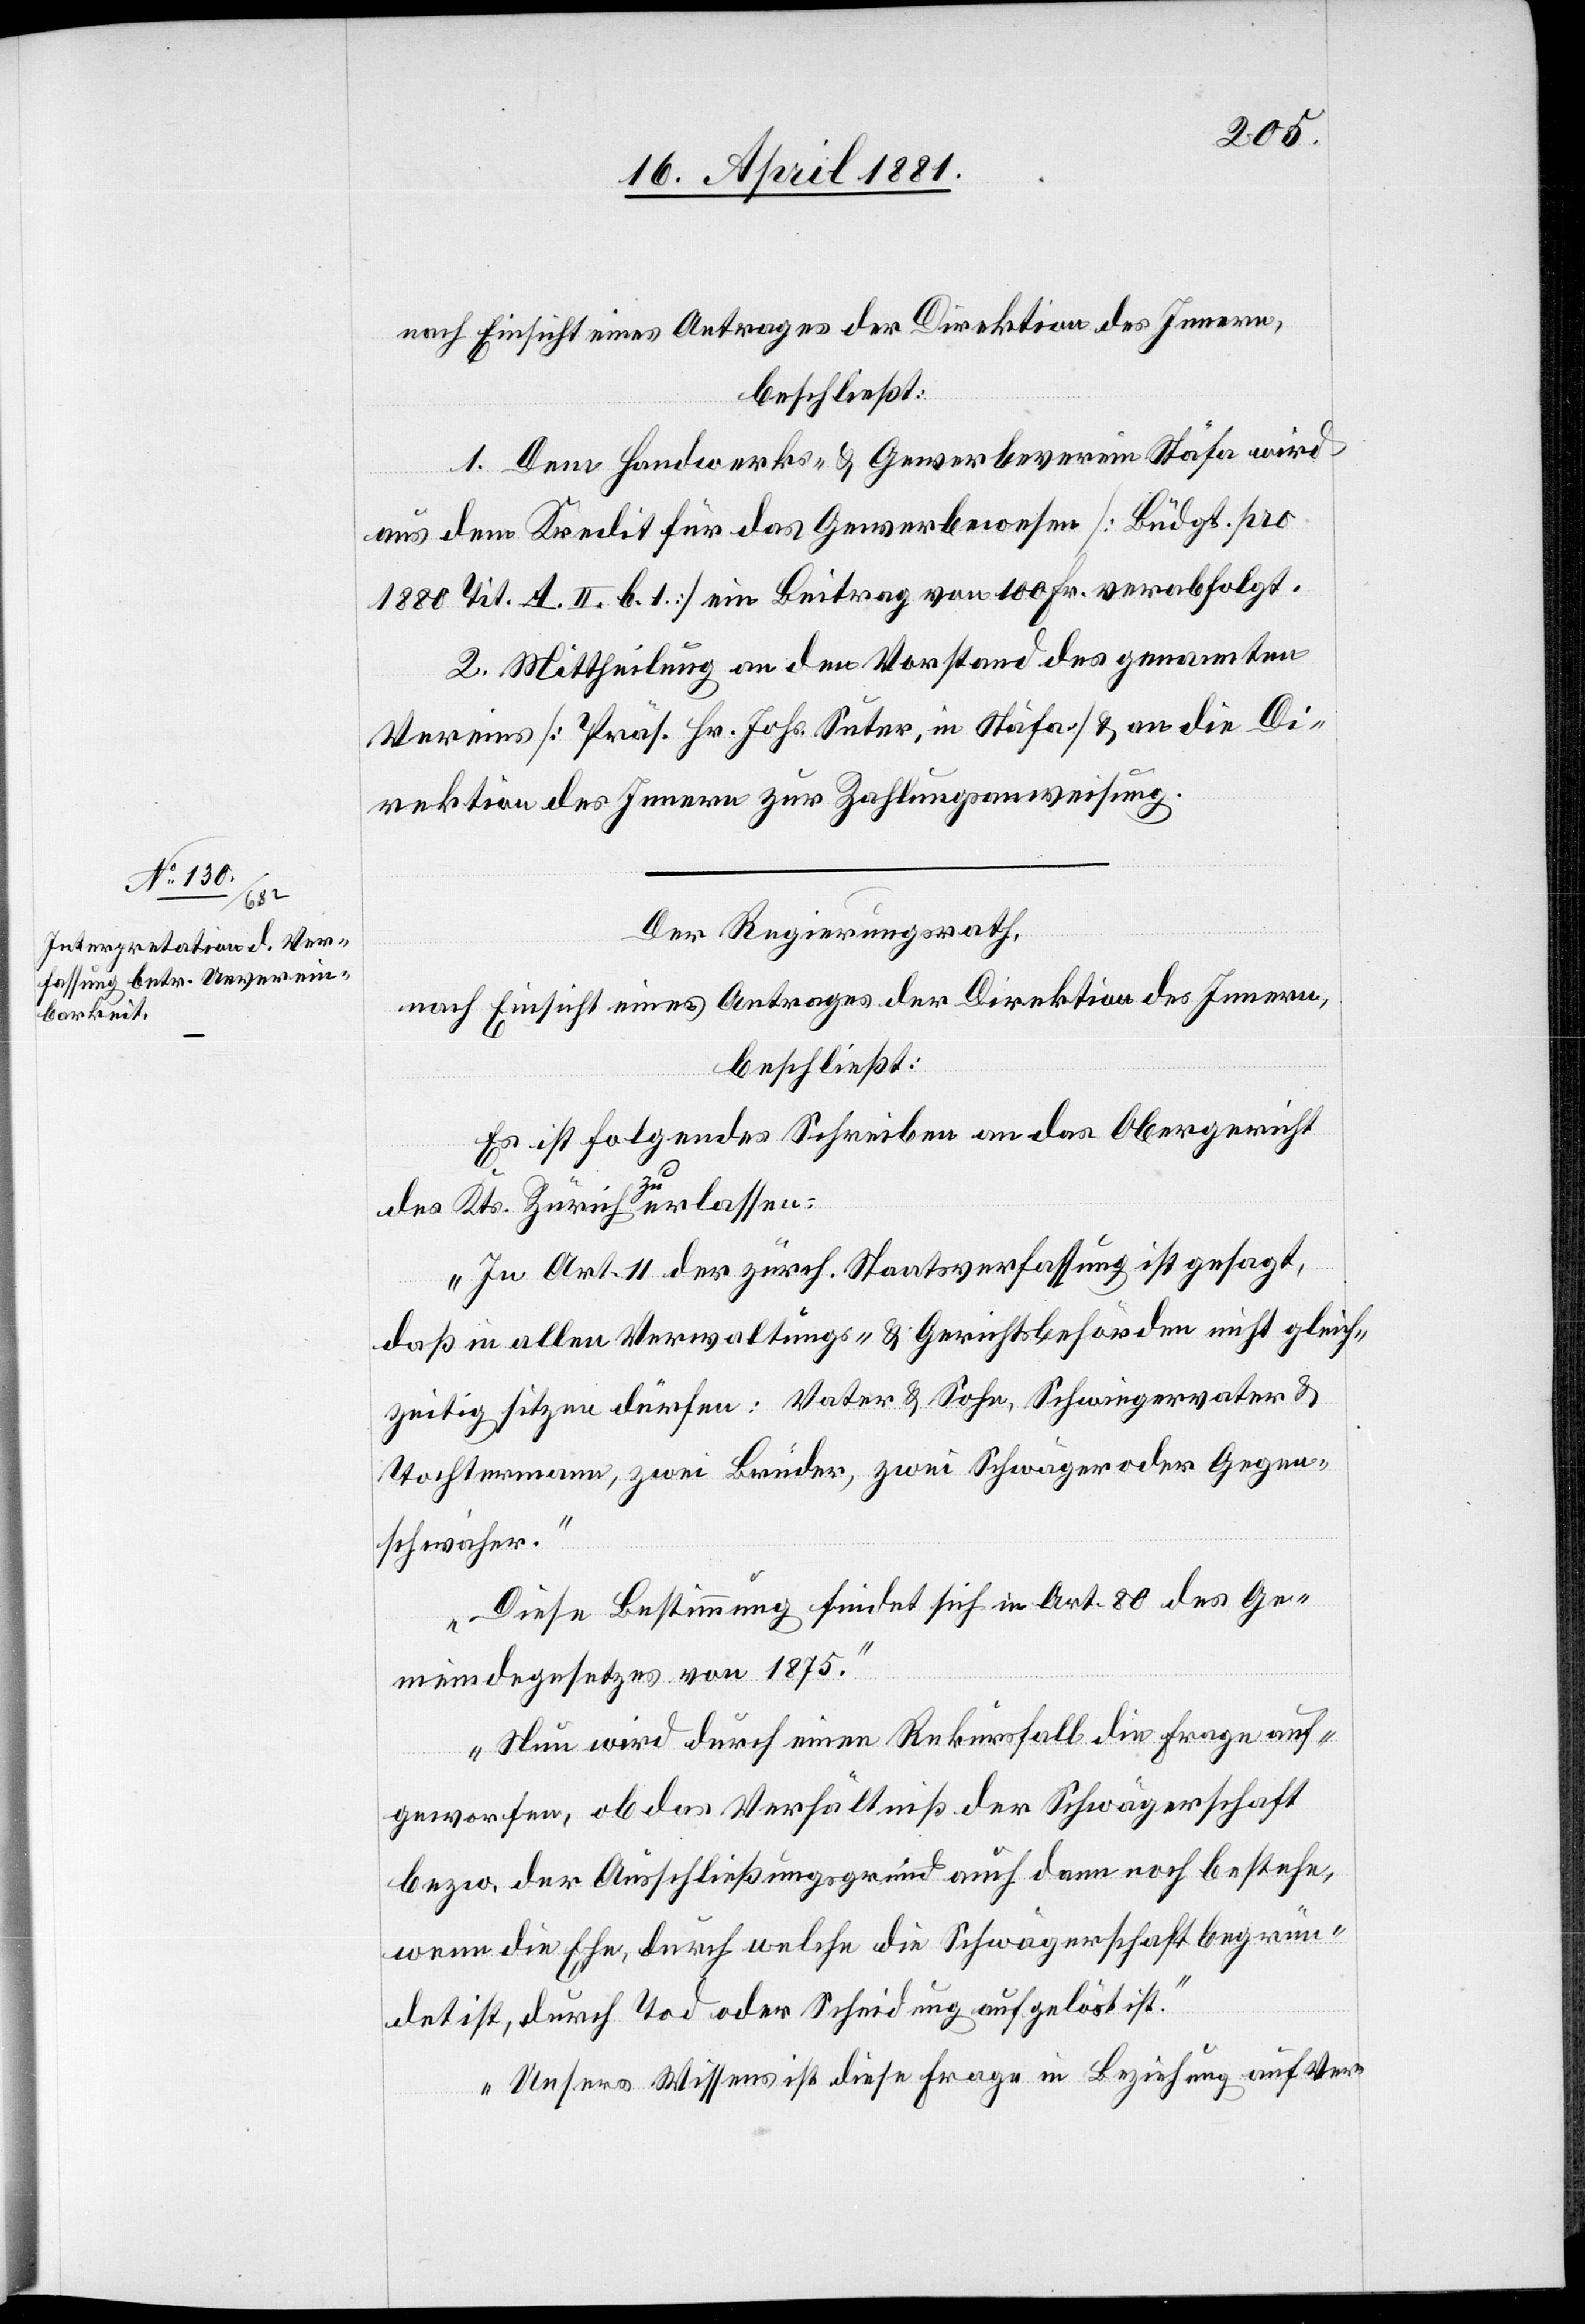
nach Einsicht eines Antrages der Direktion des Innern,
beschließt:
1. Dem Handwerks- & Gewerbeverein Stäfa wird
aus dem Kredit für das Gewerbewesen [Büdgt. pro
1880 Tit. II. b. 1] ein Beitrag von 100 Fr. verabfolgt.
2. Mittheilung an den Vorstand des genannten
Vereins [Präs. Hr. Johs. Suter, in Stäfa] & an die Di¬
rektion des Innern zu Zahlungsanweisung.
Der Regierungsrath,
nach Einsicht eines Antrages der Direktion des Innern,
beschließt:
Es ist folgendes Schreiben an das Obergericht
des Kts. Zürich zu erlassen:
„In Art. 11 der zürch. Staatsverfassung ist gesagt,
daß in allen Verwaltungs- & Gerichtsbehörden nicht gleich¬
zeitig sitzen dürfen: Vater & Sohn, Schwiegervater &
Tochtermann, zwei Brüder, zwei Schwäger oder Gegen¬
schwaher.
Diese Bestimmung findet sich in Art. 80 des Ge¬
meindegesetzes von 1875.
Nun wird durch einen Rekursfall die Frage auf¬
geworfen, ob das Verhältniß der Schwägerschaft
bezw. der Ausschließungsgrund auch dann noch bestehe,
wenn die Ehe, durch welche die Schwägerschaft begrün¬
det ist, durch Tod oder Scheidung aufgelöst ist.
Unsers Wissens ist diese Frage in Beziehung auf Ver-